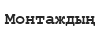
Монтаждың